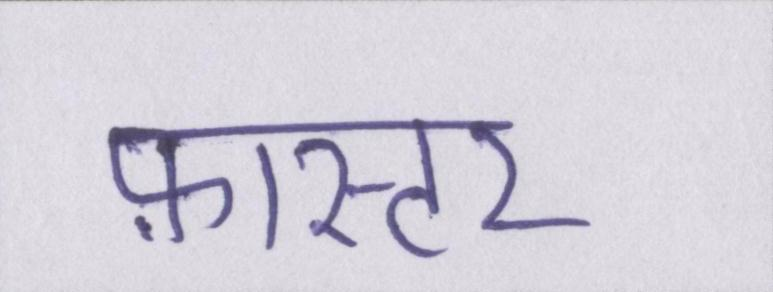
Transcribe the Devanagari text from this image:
फ़ास्टर